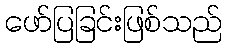
ဖော်ပြခြင်းဖြစ်သည်